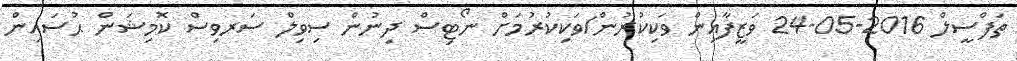
ތަފްސީލް 2016-05-24 ވަޒީފާއިން ވަކިކުރުން/ވަކިކުރުމަށް ނޯޓިސް ދިނުން ސިވިލް ސަރވިސް ކޮމިޝަން ޙުސައިން